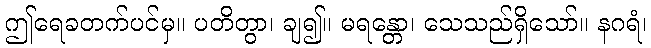
ဤရေခတက်ပင်မှ။ ပတိတွာ၊ ချ၍။ မရန္တော၊ သေသည်ရှိသော်။ နဂရံ၊